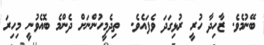
ބޭނުމެވެ. ޒާހިދާ ހުރީ ރުޅިގަދަ ވެފައެވެ.  ތިދެމީހުންނަށް ދެންމެ ބޮއެވުނީ މިހިރަ